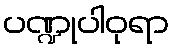
ပဏ္ဍုပါဝုရာ